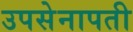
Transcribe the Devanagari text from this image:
उपसेनापती